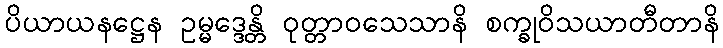
ပိယာယနဋ္ဌေန ဥမ္မဒ္ဒေန္တိ ဝုတ္တာဝသေသာနိ စက္ခုဝိသယာတီတာနိ